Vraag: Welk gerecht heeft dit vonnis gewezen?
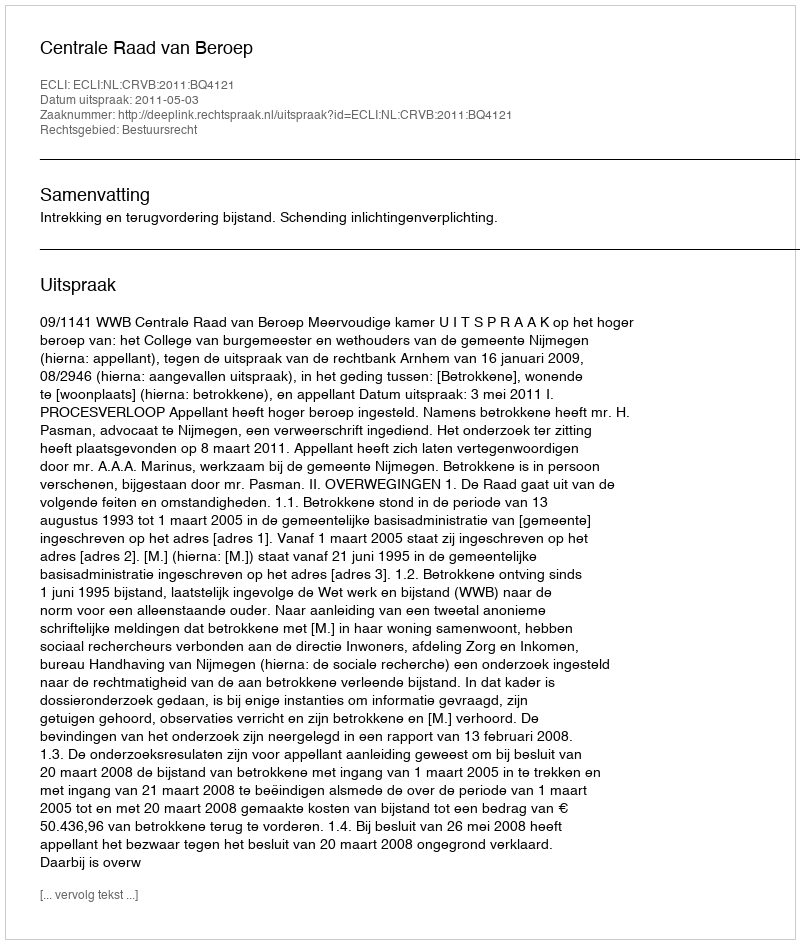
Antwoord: Centrale Raad van Beroep